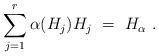
LaTeX: \begin{align*} \sum_{j=1}^r \alpha(H_j) H_j~=~H_{\alpha}~.\end{align*}